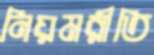
নিয়মরীতি